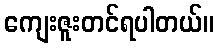
ကျေးဇူးတင်ရပါတယ်။